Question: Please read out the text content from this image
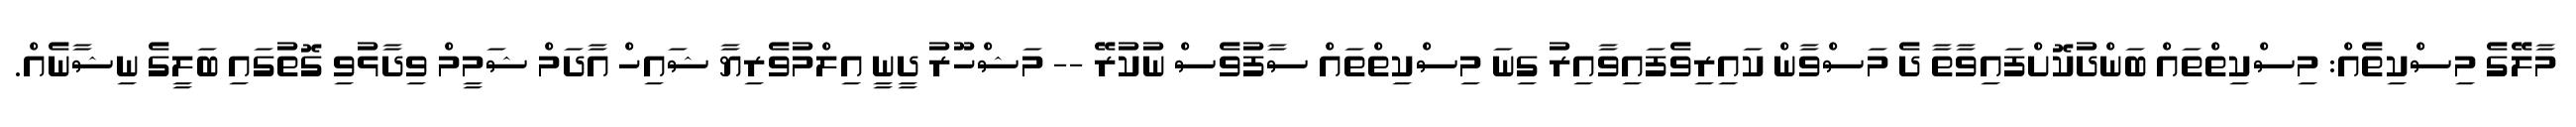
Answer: މާލޭގެ މިސްކިތެއް: މިސްކިތްތައް ބަންދުކޮށްފައިވާތާ ދެ މަސްވާން ކައިރިވެފައިވާއިރު ގިނަ މިސްކިތްތައް ސާފުވެސް ނުކުރޭ -- މަޝްހޫރު ދީނީ އިލްމުވެރިޔާ ޝައިހް އާދަމް ޝަމީމް ވިދާޅުވި ގޮތުގައި ބަލީގެ ނިޝާނެއް.